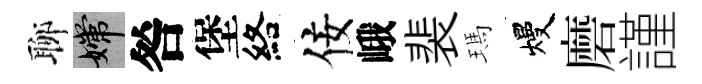
聊嫦咎堡絡佞峨裴瑪熳磨謹